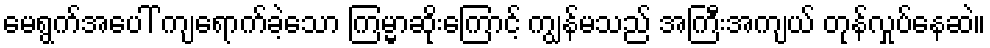
မေရွက်အပေါ် ကျရောက်ခဲ့သော ကြမ္မာဆိုးကြောင့် ကျွန်မသည် အကြီးအကျယ် တုန်လှုပ်နေဆဲ။